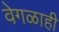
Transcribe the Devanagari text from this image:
वेगळाही